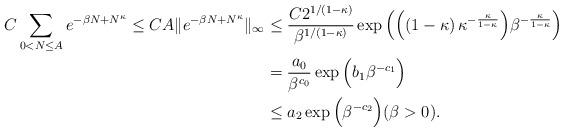
LaTeX: \begin{align*} C\sum_{0<N\le A} e^{-\beta N + N^\kappa} \le CA \|e^{-\beta N + N^\kappa}\|_\infty & \le \frac{C2^{1/(1-\kappa)}}{\beta^{1/(1-\kappa)}} \exp\Big(\Big((1-\kappa)\,\kappa^{-\frac{\kappa}{1-\kappa}}\Big) \beta^{-\frac{\kappa}{1-\kappa}} \Big)\\ & = \frac{a_0}{\beta^{c_0}} \exp\Big(b_1 \beta^{-c_1}\Big) \\ & \le a_2 \exp\Big(\beta^{-c_2}\Big) (\beta>0). \end{align*}